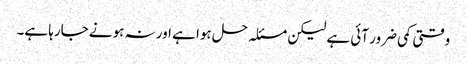
وقتی کمی ضرور آئی ہے لیکن مسئلہ حل ہوا ہے اور نہ ہونے جارہا ہے۔